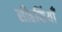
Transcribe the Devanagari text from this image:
सीहफिंयाँ